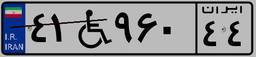
۳۵W۵۵۲۸۹